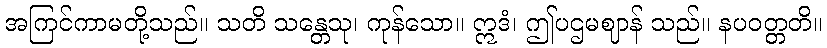
အကြင်ကာမတို့သည်။ သတိ သန္တေသု၊ ကုန်သော။ ဣဒံ၊ ဤပဌမဈာန် သည်။ နပဝတ္တတိ။